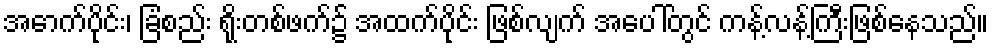
အောက်ပိုင်း၊ ခြံစည်း ရိုးတစ်ဖက်၌ အထက်ပိုင်း ဖြစ်လျက် အပေါ်တွင် ကန့်လန့်ကြီးဖြစ်နေသည်။